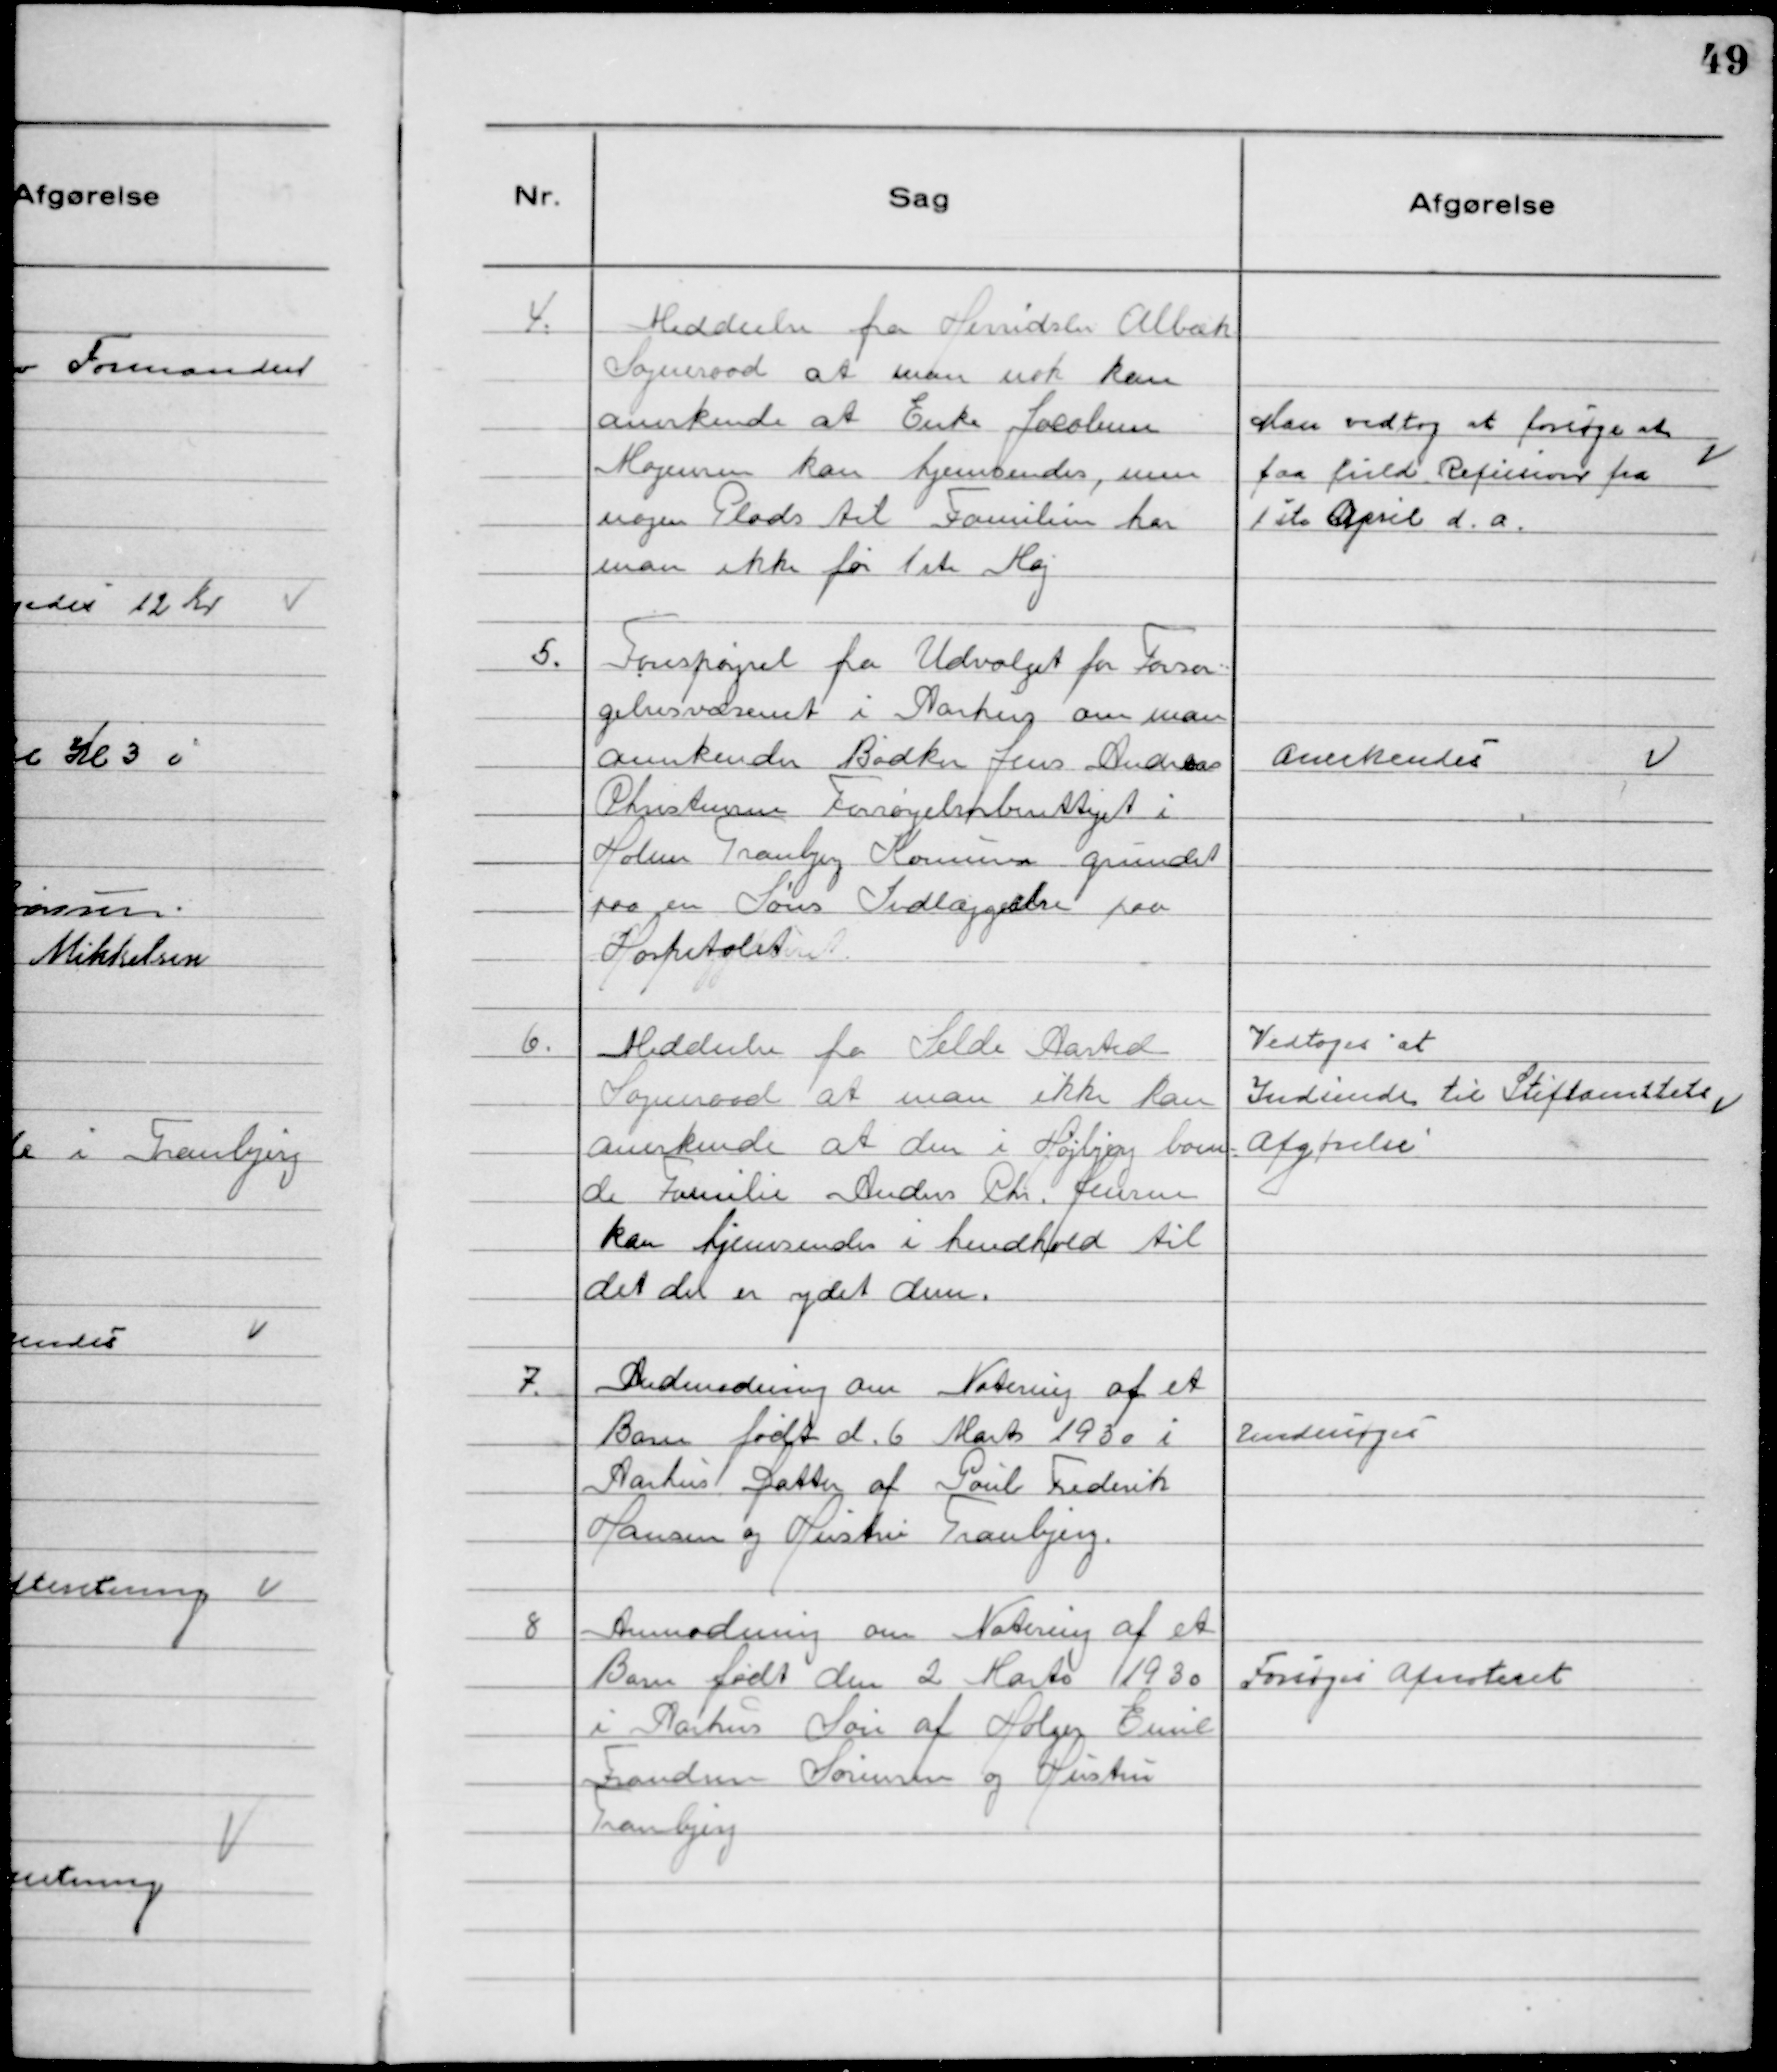
Transskription:
4. Meddeelse fra Herridslev Albæk
Sogneraad at man nok kan
anerkende at Enke Jacobine
Mogensen kan hjemsendes, men
nogen Plads til Familien har
man ikke før 1ste Maj

Man vedtog at forsøge at
faa fuld Refusion fra
1st April d.a.

5. Forespørgsel fra Udvalget for Forsør
gelsesvæsenet i Aarhus om man
anerkender Bødker Jens Andreas
Christensen Forsørgelsesberettiget i
Holme Tranbjerg Kommune grundet
paa en Søns Indlæggelse paa
Hospitalet

Anerkendes

6. Meddeelse fra Selde Aasted
Sogneraad at man ikke kan
anerkende at den i Højbjerg boen-
de Familie Anders Chr. Jensen
kan hjemsendes i hendhold til
det der er ydet dem.

Vedtoges at
Indsende til Stiftamtets
Afgørelse

7. Andmodning om Notering af et
Barn født d. 6 Marts 1930 i
Aarhus. Datter af Poul Frederik
Hansen og Hustru Tranbjerg.

Undersøges

8 Anmodning om Notering af et
Barn født den 2 Marts 1930
i Aarhus Søn af Holger Emil
Frandsen Sørensen og Hustru
Tranbjerg

Forsøges Afnoteret